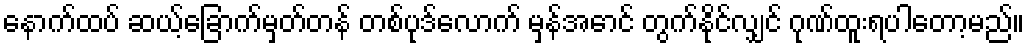
နောက်ထပ် ဆယ့်ခြောက်မှတ်တန် တစ်ပုဒ်လောက် မှန်အောင် တွက်နိုင်လျှင် ဂုဏ်ထူးရပါတော့မည်။